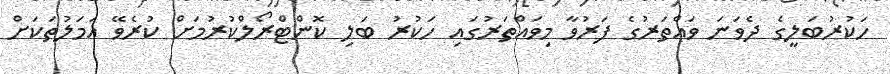
ހަކުރުބަލީގެ ދެވަނަ ވައްތަރުގެ ފަރުވާ މިވައްތަރުގައި ހަކުރު ބަލި ކޮންޓްރޯލްކުރުމަށް ކުރެވޭ އަމަލުތަކަށް